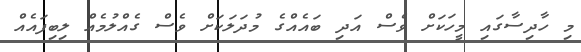
މި ހާދިސާގައި މީހަކަށް ވެސް އަދި ބައެއްގެ މުދަލަކަށް ވެސް ގެއްލުމެއް ލިބިފައެއް